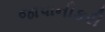
જાપાનીકરી